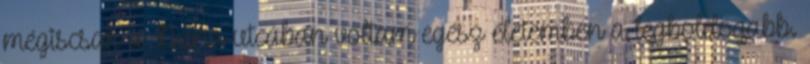
mégiscsak a Duna utcában voltam egész életemben a legboldogabb.